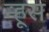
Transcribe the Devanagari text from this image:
न्हूस